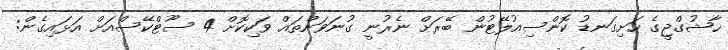
ޚާޝުގްޖީގެ ހަށިގަނޑު ކޮންސިއުލޭޓުން ބޭރަށް ނެރުނީ ގުނަވަންތައް ވަކިކޮށް 4 ސޫޓްކޭސްއަށް އަޅައިގެން: